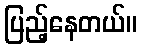
ပြည့်နေတယ်။